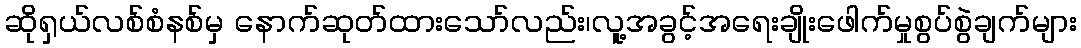
ဆိုရှယ်လစ်စံနစ်မှ နောက်ဆုတ်ထားသော်လည်း၊လူ့အခွင့်အရေးချိုးဖေါက်မှုစွပ်စွဲချက်များ